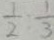
\frac { 1 } { 2 } = \frac { 1 } { 3 }